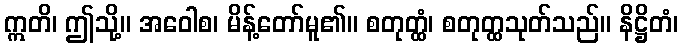
ဣတိ၊ ဤသို့။ အဝေါစ၊ မိန့်တော်မူ၏။ စတုတ္ထံ၊ စတုတ္ထသုတ်သည်။ နိဋ္ဌိတံ၊